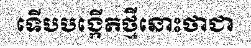
ទើបបង្កើតថ្មីនោះថាជា